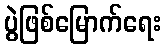
ပွဲဖြစ်မြောက်ရေး